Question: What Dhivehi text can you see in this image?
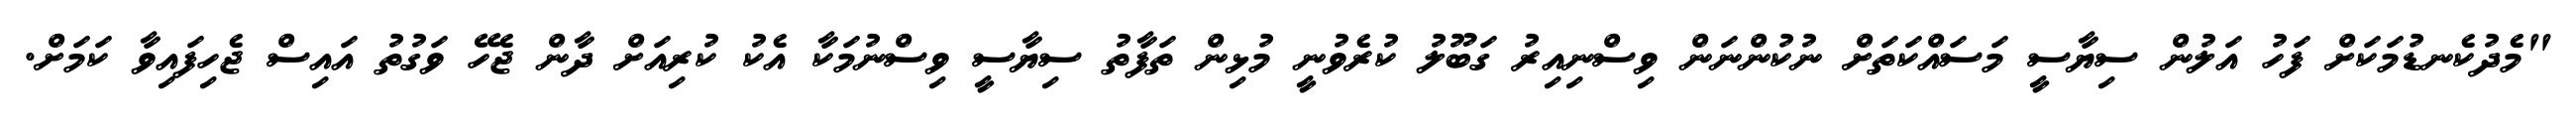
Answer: "މެދުކެނޑުމަކަށް ފަހު އަލުން ސިޔާސީ މަސައްކަތަށް ނުކުންނަން ވިސްނިއިރު ގަބޫލު ކުރެވުނީ މުޅިން ތަފާތު ސިޔާސީ ވިސްނުމަކާ އެކު ކުރިއަށް ދާން ޖެހޭ ވަގުތު އައިސް ޖެހިފައިވާ ކަމަށް.